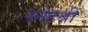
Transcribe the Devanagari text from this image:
स्नेहश्री